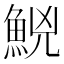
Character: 𩷇